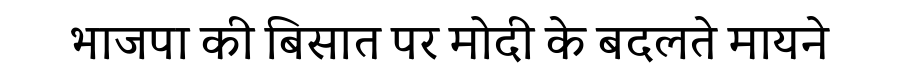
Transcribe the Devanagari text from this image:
भाजपा की बिसात पर मोदी के बदलते मायने